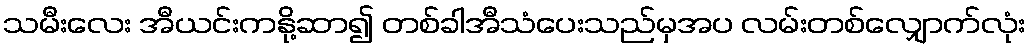
သမီးလေး အီယင်းကနို့ဆာ၍ တစ်ခါအီသံပေးသည်မှအပ လမ်းတစ်လျှောက်လုံး